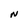
Character: N